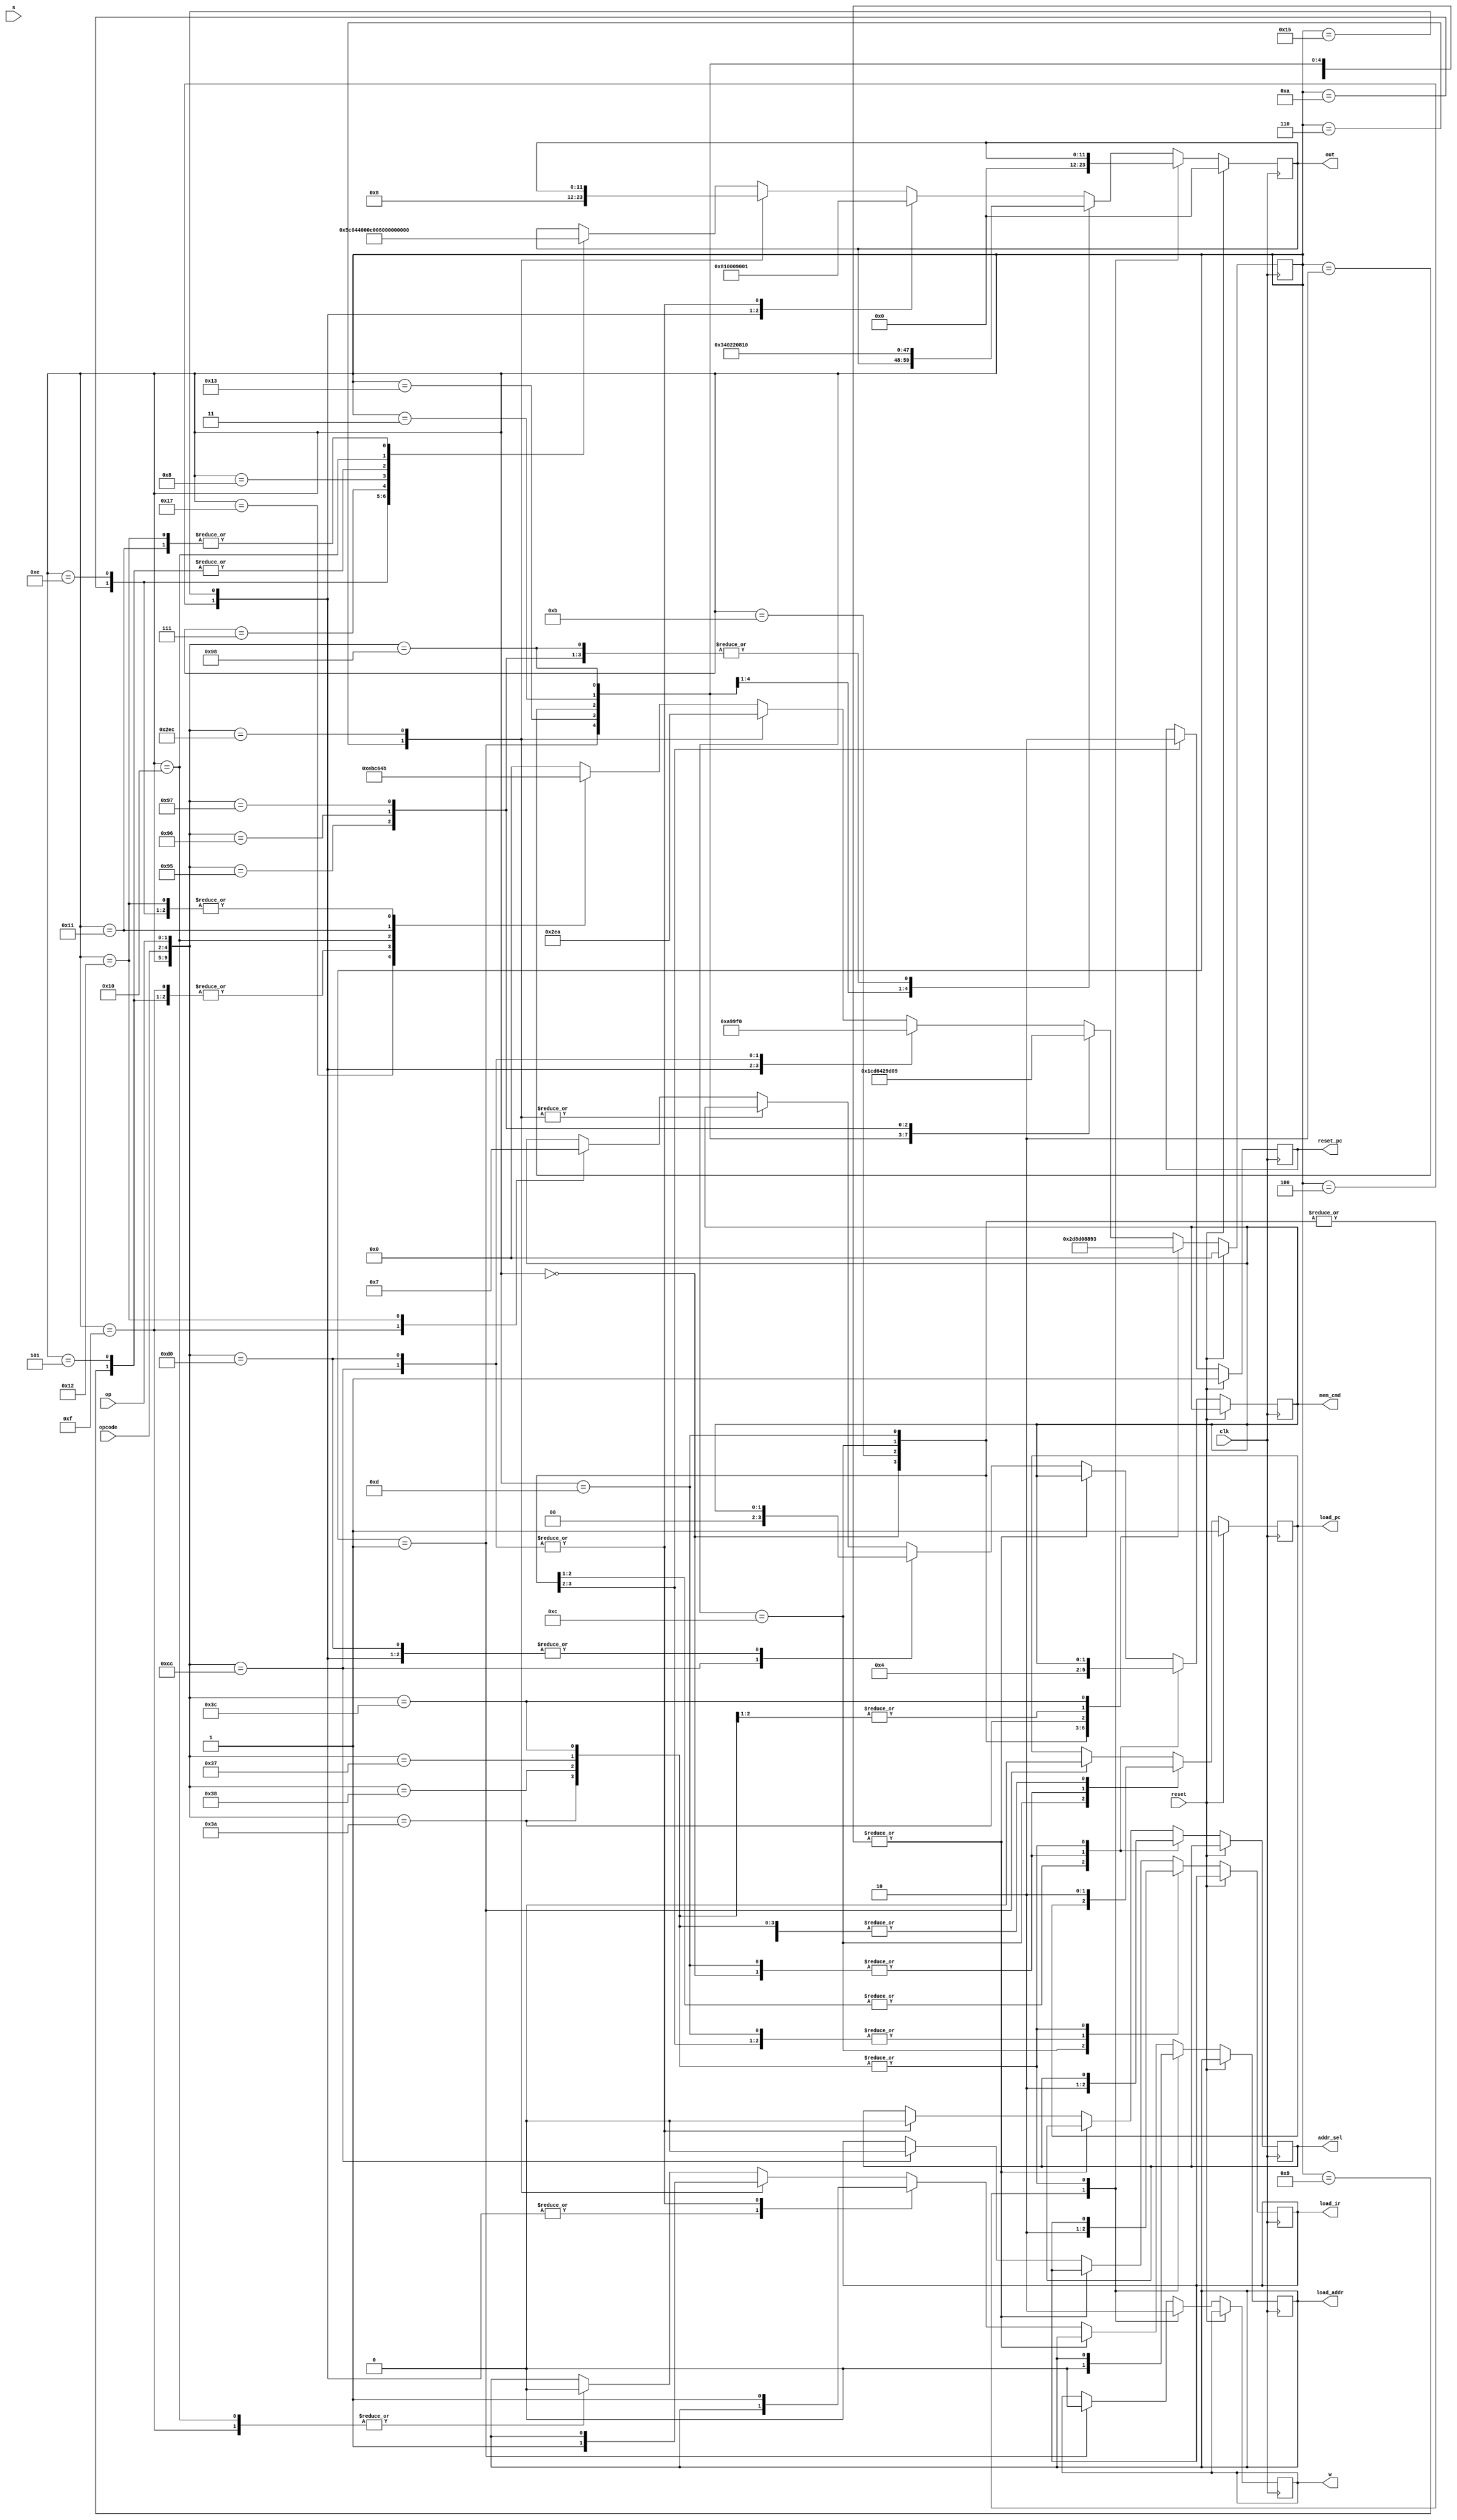

`define beginning_state 5'b00000
`define decode_state 5'b00001
`define mov_state 5'b00010
`define getnumA_state 5'b00011
`define getnumB_state 5'b00100
`define shift_state 5'b00101
`define add_operation 5'b00110
`define minus_operation 5'b00111
`define and_operation 5'b01000
`define what_operation 5'b01001
`define store_state_one 5'b01010

`define store_state_two 5'b01110

`define IF1 5'b01011
`define IF2 5'b01100
`define UPDATEPC 5'b01101

`define LDR 5'b01111
`define STR 5'b10000
`define STR2 5'b10001
`define STR3 5'b10010

`define stop 5'b10011

`define shabi 5'b10100
`define hapi 5'b10101
`define seperate 5'b10111

module SM(opcode, op, reset, clk, s, out, w, mem_cmd, addr_sel, load_pc, reset_pc, load_addr, load_ir);

	input [2:0] opcode;
	input [1:0] op;
	input reset;
	input clk;
	input s;
	
	output reg [11:0] out;
	output reg w;
	output reg [1:0] mem_cmd;
	output reg addr_sel;
	output reg load_pc;
	output reg reset_pc;
	output reg load_addr;
	output reg load_ir;
	
		
	
	
	reg  [4:0]currentstate;
	reg  [4:0]nextstate;
	

	always @(posedge clk) begin
	
	if(reset) begin
		nextstate = `beginning_state;
        reset_pc = 1;
        load_pc = 1;
		out = 12'b000000000000;//nsel(3),vsel(2),write(1),loada(1),loadb(1),loadc(1),loads(1),asel(1),bsel(1)
	end
	else begin
		casex ({currentstate, opcode, op}) 
		
		{`beginning_state, 3'bxxx, 2'bxx}: begin
			nextstate = `IF1;
			out = 12'b000000000000;	  //nsel(3),vsel(2),write(1),loada(1),loadb(1),loadc(1),loads(1),asel(1),bsel(1)
			w = 1'b1;
			mem_cmd = 2'b00;
			load_ir = 0;
			load_addr = 0;
			addr_sel = 0;
			reset_pc = 1;
			load_pc = 1;
		end
		{`IF1, 3'bxxx, 2'bxx}: begin
			nextstate = `IF2;
			out = 12'b000000000000;	  //nsel(3),vsel(2),write(1),loada(1),loadb(1),loadc(1),loads(1),asel(1),bsel(1)
			w = 1'b1;
			mem_cmd = 2'b01;//
			load_ir = 0;//
			load_addr = 0;
			addr_sel = 1;
			reset_pc = 0;
			load_pc = 0;
		end
		{`IF2, 3'bxxx, 2'bxx}: begin
			nextstate = `UPDATEPC;
			out = 12'b000000000000;	  //nsel(3),vsel(2),write(1),loada(1),loadb(1),loadc(1),loads(1),asel(1),bsel(1)
			w = 1;
			mem_cmd = 2'b01;//
			load_ir = 1;
			load_addr = 0;
			addr_sel = 1;
		end
		{`UPDATEPC, 3'bxxx, 2'bxx}:begin//output the loadpc
			nextstate = `decode_state;
			out = 12'b000000000000;	  //nsel(3),vsel(2),write(1),loada(1),loadb(1),loadc(1),loads(1),asel(1),bsel(1)
			w = 1;
			mem_cmd = 2'b00;//
			load_ir = 0;
			load_addr = 0;
			addr_sel = 0;
			load_pc = 1;
			
		end
		
		{`decode_state, 3'b110, 2'b10}: begin//seperate into 5 paths 
			load_pc = 0;
			w = 0;
			nextstate = `mov_state;// get the value from another register
		end
		
		{`decode_state, 3'b110, 2'b00}: begin
			load_pc = 0;
			w = 0;
			nextstate = `getnumB_state;// get the new value
		end		
		
		{`decode_state, 3'b101, 2'b11}: begin
			load_pc = 0;
			w = 0;
			nextstate = `getnumB_state;//get another new value
		end				
		{`decode_state, 3'b111, 2'b00}: begin
			load_pc = 0;
			w = 0;
			nextstate = `stop;//half
		end
		{`decode_state, 3'bxxx, 2'bxx}: begin//.................................................................................
			load_pc = 0;
			w = 0;
			nextstate = `getnumA_state;
		end	
		
		{`stop, 3'bxxx, 2'bxx}: begin//half
			nextstate = `stop;
			out = 12'b000000000000;
		end	
		{`mov_state, 3'bxxx, 2'bxx}: begin//return to IF1
			out = 12'b001_10_1_000000;	  //nsel(3),vsel(2),write(1),loada(1),loadb(1),loadc(1),loads(1),asel(1),bsel(1)									
            nextstate = `IF1;
        end
		
		{`getnumA_state, 3'bxxx, 2'bxx}: begin
			out = 12'b001_00_0_100000;	  //nsel(3),vsel(2),write(1),loada(1),loadb(1),loadc(1),loads(1),asel(1),bsel(1);
            nextstate = `getnumB_state;
        end
		
        {`getnumB_state, 3'b110, 2'b00}: begin
			out = 12'b100_00_0_010000;
			nextstate = `shift_state;
		end
		
        {`getnumB_state, 3'b101, 2'b01}: begin//compare
			out = 12'b100_00_0_010000;
			nextstate = `minus_operation;
		end		
		
		{`getnumB_state, 3'b101, 2'b10}: begin//and
			out = 12'b100_00_0_010000;
			nextstate = `and_operation;
		end
		
		{`getnumB_state, 3'b101, 2'b11}: begin//nor
			out = 12'b100_00_0_010000;
			nextstate = `what_operation;
		end
		
		{`getnumB_state, 3'bxxx, 2'bxx}: begin// to wait state
			out = 12'b100_00_0_010000;
			nextstate = `hapi;
		end
		
		{`hapi, 3'bxxx, 2'bxx}: begin// wait state,change the value of loadb
			nextstate = `add_operation;
			out = 12'b000000001001;
		end
		
		{`add_operation, 3'b011, 2'b00}: begin//seperate the LDR and STR and real and process
			out = 12'b000_00_0_000001; // selects A; selects B; nsel(3),vsel(2),write(1),loada(1),loadb(1),loadc(1),loads(1),asel(1),bsel(1)
            load_addr = 1;
			addr_sel = 0;
			load_ir = 0;
			mem_cmd = 2'b00;
			nextstate = `LDR;
		end
		
		{`add_operation, 3'b100, 2'b00}: begin
			out = 12'b000_00_0_000001; // selects A; selects B; nsel(3),vsel(2),write(1),loada(1),loadb(1),loadc(1),loads(1),asel(1),bsel(1)
            load_addr = 1;
			addr_sel = 0;
			nextstate = `STR;
		end
		
		{`add_operation, 3'bxxx, 2'bxx}: begin
			out = 12'b000_00_0_001000; // selects A; selects B; nsel(3),vsel(2),write(1),loada(1),loadb(1),loadc(1),loads(1),asel(1),bsel(1)
            load_addr = 1;
			nextstate = `seperate;
			
		end
		{`seperate, 3'b011, 2'b00}: begin//the wait state before store state. and sepearte into two paths
			nextstate = `store_state_one;
		end
		
		{`seperate, 3'bxxx, 2'bxx}: begin
			nextstate = `store_state_two;
		end
		
        {`store_state_one, 3'bxxx, 2'bxx}: begin
			out = 12'b010_11_1_000000; // 
            nextstate = `IF1;
        end
		
		{`store_state_two, 3'bxxx, 2'bxx}: begin
			out = 12'b010_00_1_000000; // 
            nextstate = `IF1;	
		end
		//....................................................................................
		{`minus_operation, 3'bxxx, 2'bxx}: begin//sepearte into two store path, to the wair state
			out = 12'b000000001100;// 
			nextstate = `seperate;
        end
        {`and_operation, 3'bxxx, 2'bxx}: begin
			out = 12'b000000001000; //
            nextstate = `seperate;
        end
		
        {`what_operation, 3'bxxx, 2'bxx}: begin
			out = 12'b000000001010; 
            nextstate = `seperate;
        end
		
        {`shift_state, 3'bxxx, 2'bxx}: begin
			out = 12'b000000001010; // 
			nextstate = `seperate;
		end
		
		{`LDR, 3'bxxx, 2'bxx}: begin
			mem_cmd = 2'b01;
			load_addr = 1'b0;
            nextstate = `seperate;    
		end
		
        {`STR, 3'bxxx, 2'bxx}: begin
			out = 12'b010_00_0_010000;
            load_addr = 1'b0;
            nextstate = `STR2;
        end
		
        {`STR2, 3'bxxx, 2'bxx}: begin
			out = 12'b010_00_0_001010;
            nextstate = `STR3;
        end
		
        {`STR3, 3'bxxx, 2'bxx}: begin
			out = 12'b010_00_0_001010;
            mem_cmd = 2'b11;
            nextstate = `IF1;
        end
		default: begin
            nextstate = `beginning_state;
        end
		endcase
	end
	currentstate = nextstate;
	end
endmodule